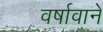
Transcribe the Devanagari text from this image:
वर्षावाने